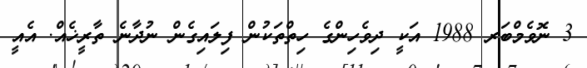
3 ނޮވެމްބަރ 1988 އަކީ ދިވެހިންގެ ހިތްތަކުން ފިލައިގެން ނުދާނެ ތާރީޚެއް. އެއީ